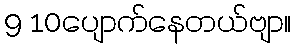
9 10ပျောက်နေတယ်ဗျာ။